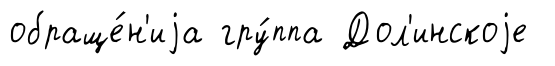
обраще́н'иjа гру́ппа Дол'инскоjе